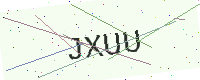
Text: JXUU